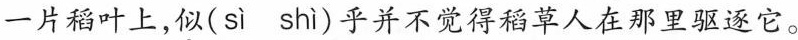
一片稻叶上，\underset{·}{似}( sì shì )乎并不觉得稻草人在那里驱逐它。